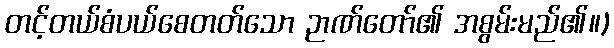
တင့်တယ်စံပယ်စေတတ်သော ဉာဏ်တော်၏ အစွမ်းမည်၏။)